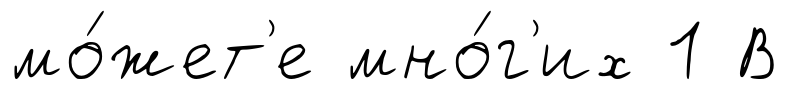
мо́жет'е мно́г'их 1 В